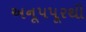
અનૂપપૂરથી